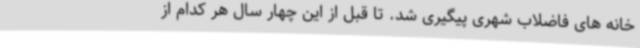
خانه های فاضلاب شهری پیگیری شد. تا قبل از این چهار سال هر کدام از